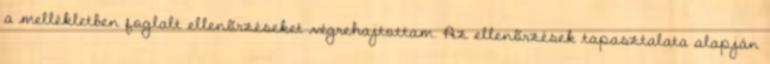
a mellékletben foglalt ellenõrzéseket végrehajtottam. Az ellenõrzések tapasztalata alapján